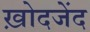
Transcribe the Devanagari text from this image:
ख़ोदजेंद